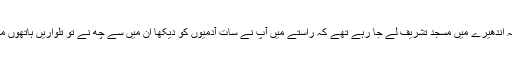
اسی زمانے میں ایک دن حضرت حسن بصری رحمہ اللہ اندھیرے میں مسجد تشریف لے جا رہے تھے کہ راستے میں آپ نے سات آدمیوں کو دیکھا ان میں سے چھ نے تو تلواریں ہاتھوں میں لے رکھی تھیں اور وہ دیوار کے ساتھ کھڑے تھے ۔